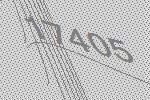
17405